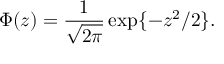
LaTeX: \Phi ( z ) = \frac { 1 } { \sqrt { 2 \pi } } \exp \{ - z ^ { 2 } / 2 \} .